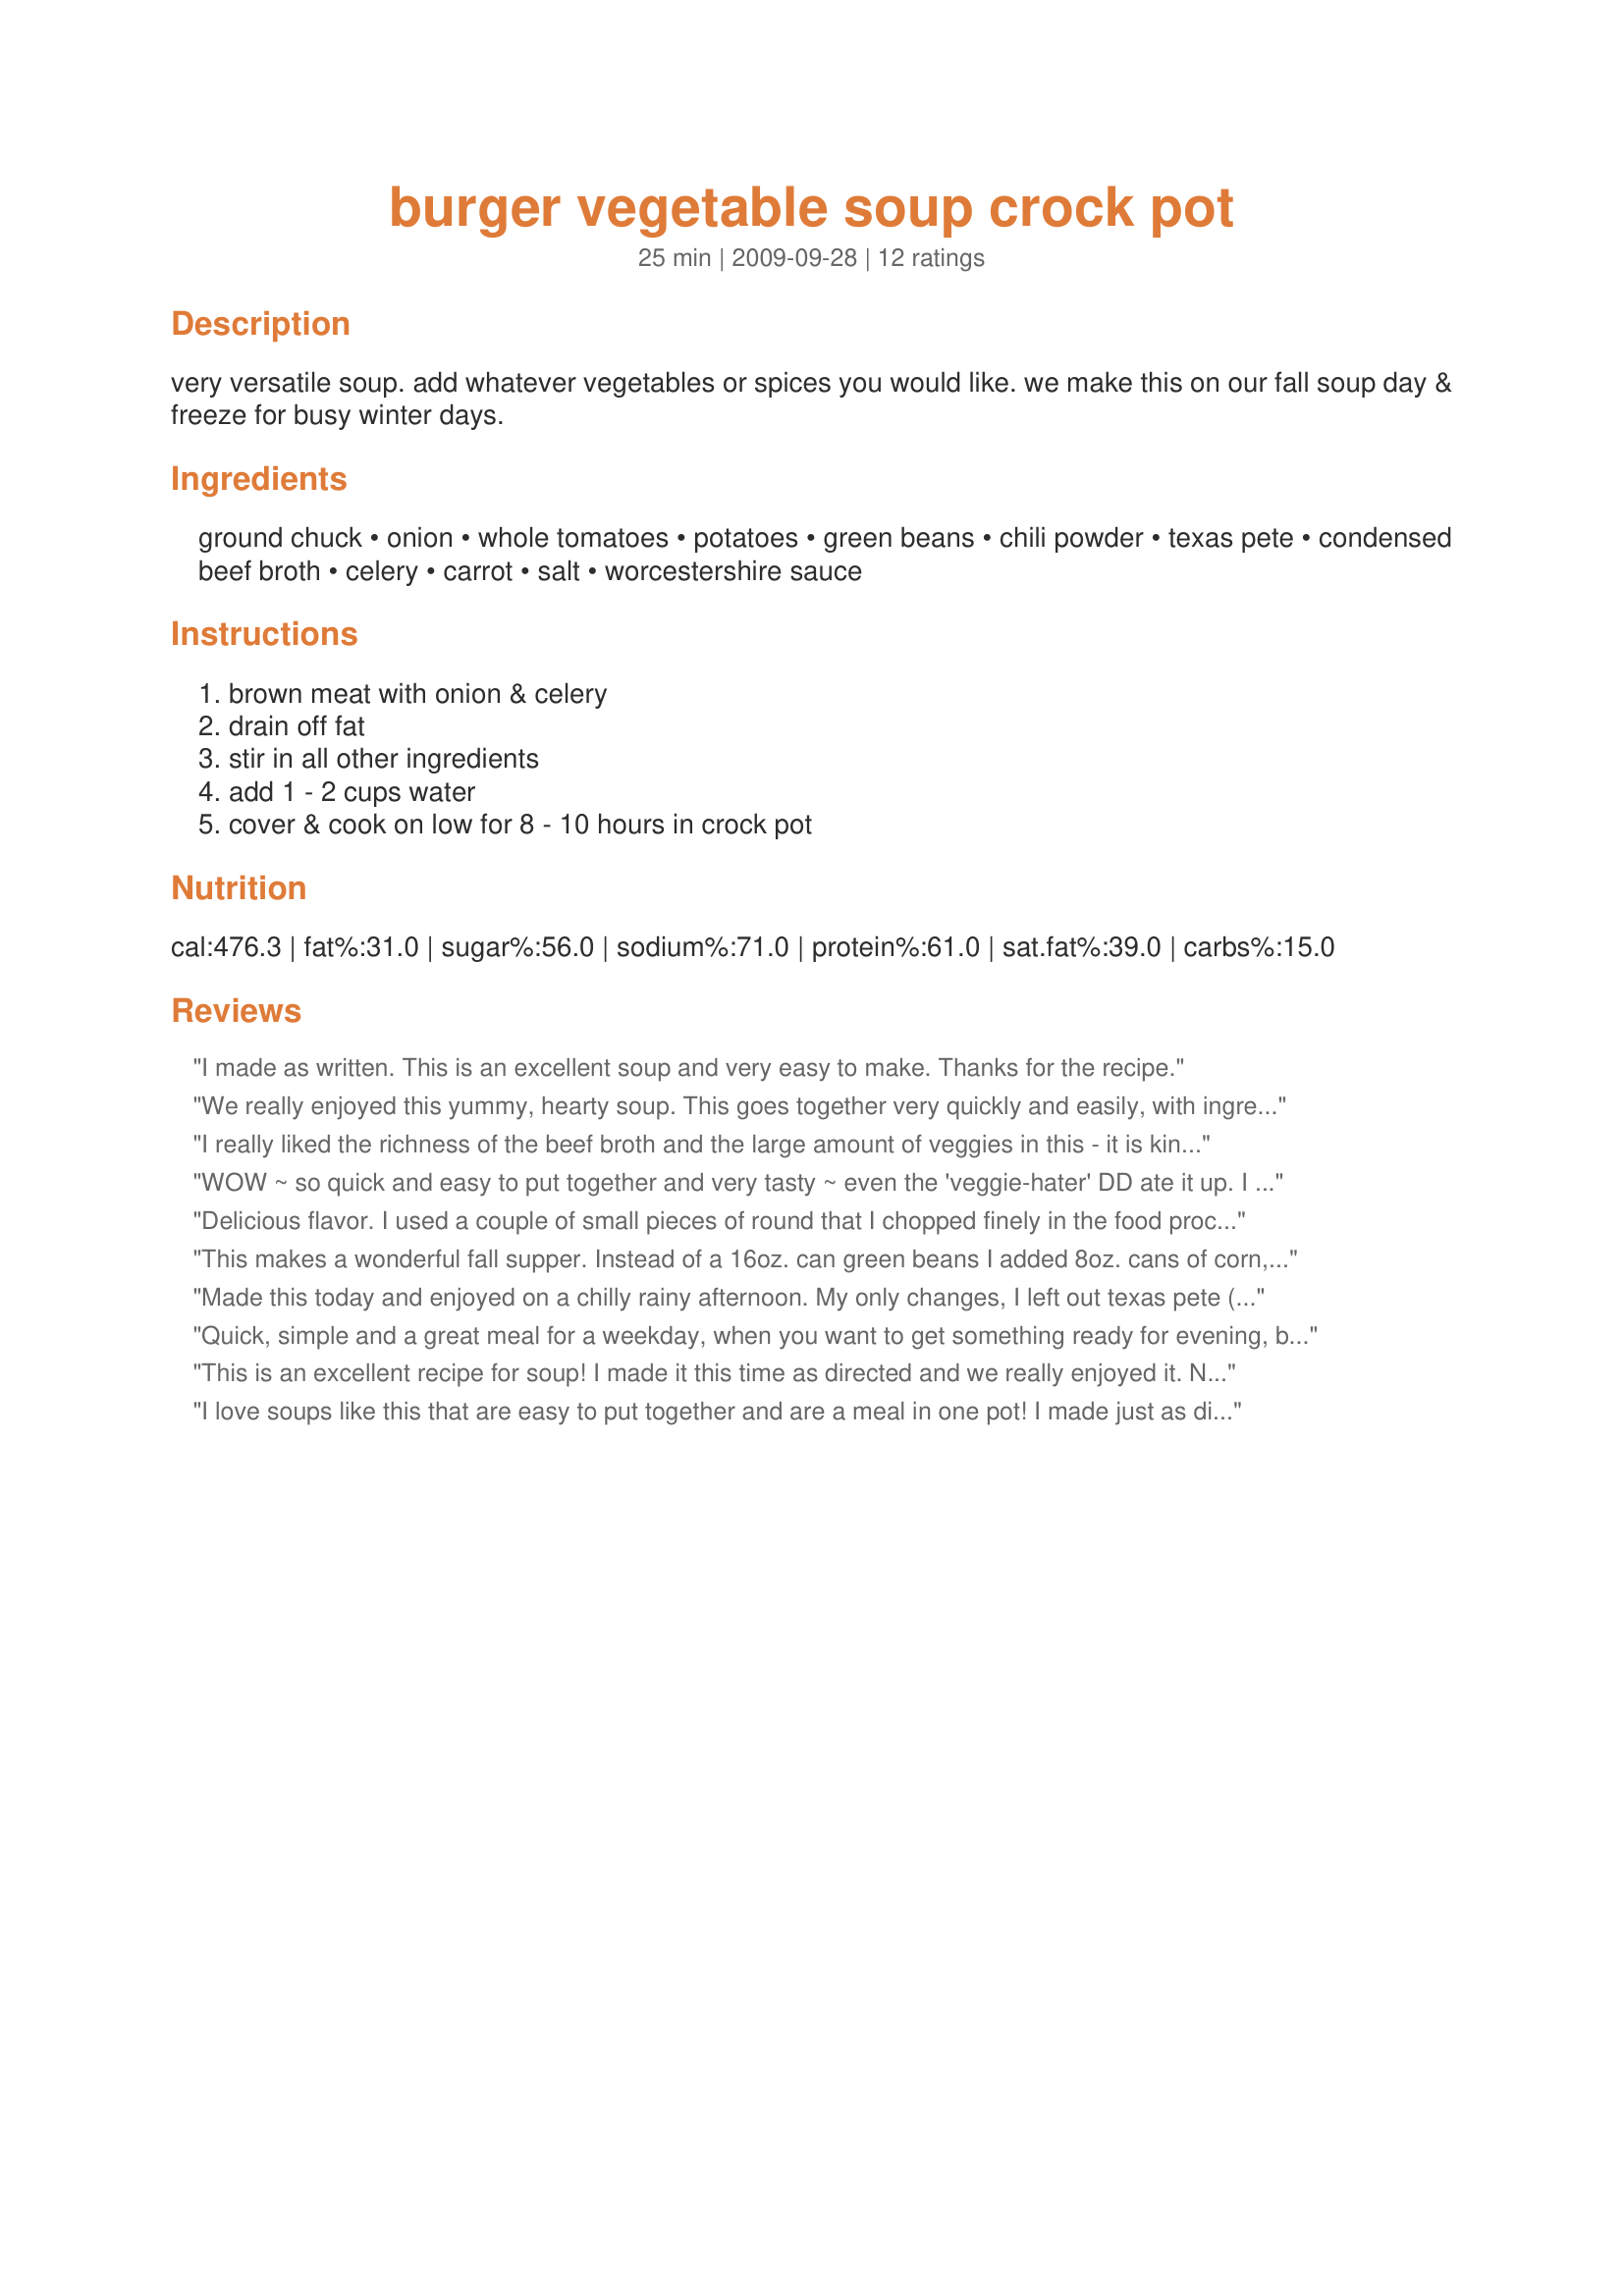
burger vegetable soup crock pot
Preparation time: 25 minutes

very versatile soup. add whatever vegetables or spices you would like. we make this on our fall soup day & freeze for busy winter days.

Ingredients:
ground chuck, onion, whole tomatoes, potatoes, green beans, chili powder, texas pete, condensed beef broth, celery, carrot, salt, worcestershire sauce

Steps:
brown meat with onion & celery, drain off fat, stir in all other ingredients, add 1 - 2 cups water, cover & cook on low for 8 - 10 hours in crock pot

Reviews:
I made as written. This is an excellent soup and very easy to make. Thanks for the recipe.
We really enjoyed this yummy, hearty soup. This goes together very quickly and easily, with ingredients that I always have on hand. My amounts for the vegetables were more generous than written (we like lots of veggies in our soup), and I used red potatoes, as it is our preferred potato of choice. Also, instead of using the additional 1-2 cups water, I added V-8 juice instead. Additional seasonings used were: black pepper, additional salt, "Mrs. Dash", and roasted garlic & bell pepper seasoning. I cooked this in the crockpot for approx. 4 hours on "hi" and 5 hours on "low". Thank you for sharing this wonderful, easy recipe...it is a keeper!
*Made for 2009 Football Pool*
I really liked the richness of the beef broth and the large amount of veggies in this - it is kind of like a minestrone. We always use turkey instead of beef; I also doubled the potatoes (you could do even more). I added some green salsa and a little lime to the leftovers, which turned it up to a real stand out. If you added a cup to the whole recipe or maybe a can or two of green chillies, it would definitely give it that extra star. Plan ahead on the prep time, it wasn&#039;t 25 minutes, probably three times that to get everything ready and into the crock pot. I think the full recipe would probably feed 8-10 people.
WOW ~ so quick and easy to put together and very tasty ~ even the 'veggie-hater' DD ate it up. I did add 1 tsp Thyme, but other than that, made exactly as written. This reminded me alot of a soup that used to be served at a now out-of-business buffet called Quincy's here in Florida ~ which was one of my favorite soups at the time :) I think next time I make it I'll add a bit more broth, as this made a pretty chunky soup. Thanks SB6 ~ a new family favorite into the keeper cookbook. Made for your win, Football Pool Week #7, November 2009!
Delicious flavor. I used a couple of small pieces of round that I chopped finely in the food processor. I have no idea what texas pete is so it was just left out. I used more carrots and celery than ask for but totally forgot to put the green beans in (rats!), This was left on an amazingly low teat all day and yielded a rich tasting delicious soup that was well enjoyed. Made for "Soups On" in the diabetic forum.
This makes a wonderful fall supper. Instead of a 16oz. can green beans I added 8oz. cans of corn, peas and green beans and also a can (12oz.) of V-8 juice in place of the water. I added some Mrs. Dash extra-spicy seasoning to the soup along with extra chili powder that I sprinkled on the hamburger. Delicious. Made for Football Pool 2012.
Made this today and enjoyed on a chilly rainy afternoon. My only changes, I left out texas pete (I don't do hot) and salt (I limit sodium). In place of water I added 1 1/2 c of V8 juice. This smelled so good all day while it cooked and tasted even better! I will put half in the freezer for another chilly day. Thanks for posting a keeper SB. Made for your win in Football Pool 2010 Week 4.
Quick, simple and a great meal for a weekday, when you want to get something ready for evening, but don't have a lot of prep time or time to cook later in the day. Great flavor!
This is an excellent recipe for soup! I made it this time as directed and we really enjoyed it. Next time I'll add some other veggies too. It's a good way to use up all those bits and pieces of veggies that I normally have in the freezer. Thanks for sharing. Made for PAC Fall 2011.
I love soups like this that are easy to put together and are a meal in one pot! I made just as directed and really enjoyed it.
Good and simple soup! I made a couple of little changes - I discovered at the last minute that I didn't have any celery, so I used Italian stewed tomatoes that had some celery included. I couldn't find any Texas Pete, so used Frank's hot sauce instead. This was simple to throw together and smelled good while it was cooking. I thought that it could use a few additional herbs/spices for a little more kick, so added some seasoning salt and a little bit of Mrs Dash Spicy. Yum. Thanks SB6 and congrats on your Week 7 Football Pool win!!!!
Very nice soup! I made it exactly as posted and it's really good. I browned the ground beef with the onions and celery last night and mixed all of the chopped, fresh ingedients together. I added the beans, tomatoes, stock etc. this AM before I left for work and came home to a wonderful dinner. Easy! Made for Football Tag. Thanks SB6! :)
